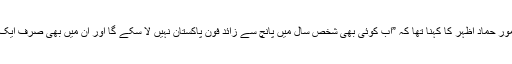
وزیرمملکت برائے خزانہ، وصولیات و معاشی امور حماد اظہر کا کہنا تھا کہ ”اب کوئی بھی شخص سال میں پانچ سے زائد فون پاکستان نہیں لا سکے گا اور ان میں بھی صرف ایک فون کسٹمز ڈیوٹی ادا کیے بغیر لایا جا سکے گا۔